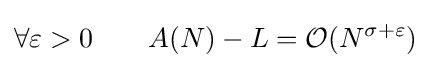
\forall \varepsilon >0\qquad A(N)-L={\mathcal {O}}(N^{\sigma +\varepsilon })